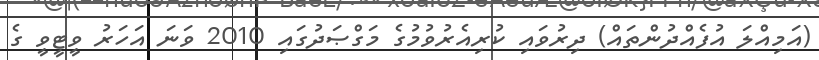
(އަމިއްލަ އުފެއްދުންތައް) ދިރުވައި ކުރިއެރުވުމުގެ މަގްޞަދުގައި 2010 ވަނަ އަހަރު ވީޓީވީ ގެ